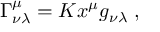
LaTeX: \Gamma _ { \nu \lambda } ^ { \mu } = K x ^ { \mu } g _ { \nu \lambda } \; ,